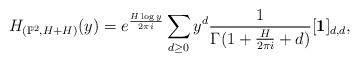
LaTeX: \begin{align*}H_{(\mathbb P^2,H+H)}(y)=e^{\frac{H\log y}{2\pi i}}\sum_{d\geq 0} y^d \frac{1}{\Gamma (1+\frac{H}{2\pi i}+d)}[\textbf{1}]_{d,d},\end{align*}